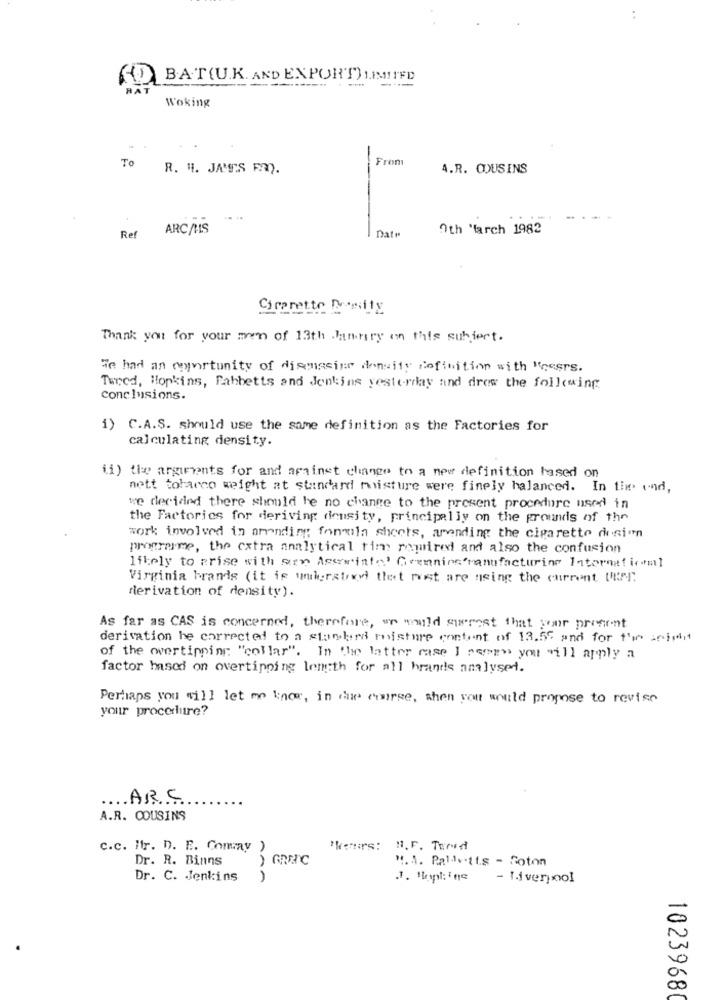
B.A.T(U.K. AND EXPORT) LIMIIFD
HAT
Woking
From
To
R. H. JAMES FAQ.
4.R. COUSINS
--
ARC/HS
Date
0th March 1982
Ref
Cirerette Daily
Thank you for your men of 13th Jannary on this subject.
Te had an oportunity of diemacine density definition with "cesrs.
Tured, Hopkins, Pahbetts and Jenkins yesterday and drew the following
conclusions.
1) C.A.S. should use the same definition as the Factories for
calculating density.
ii) the arguments for and against change to a new definition based on
nett toharco weight at standard moisture were finely balanced. In the und,
we decided there should be no change to the present procedure used in
the Factories for deriving density, principally on the grounds of the
work involved in amending fonmula sheets, amending the cigarette deninn
programme, the extra analytical tim rewired and also the confusion
likely to prise with srn Acerinte Grenning manufacturing International
Virginia brands (it is wmberatyl theet rust are using the current Uker"
derivation of density).
As far as CAS is concerned, therefore, so would surest that your present
derivation be corrected to a standard misture content of 13.55 and for the spirit
of the overtipping "collar". In the latter case I ssprs you will apply a
factor based on overtipping lem:th for all brands analysed.
Perhaps you will let me know, in due course, when you would propose to revise
your procerlitre?
ARC
A.R. COUSINS
c.c. Ir. D. E. Comav )
"hours: H. F. Tured
Dr. R. Binns
) GRENC
". 1. Paliviis - Soton
Dr. C. Jenkins
)
- Id ver ,: oo!
1023968